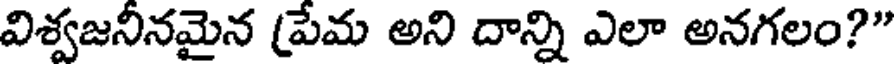
విశ్వజనీనమైన (పేమ అని దాన్ని ఎలా అనగలం?"